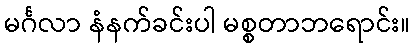
မင်္ဂလာ နံနက်ခင်းပါ မစ္စတာဘရောင်း။